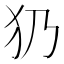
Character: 𤜠